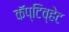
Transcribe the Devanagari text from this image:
कॅप्टिव्हेट